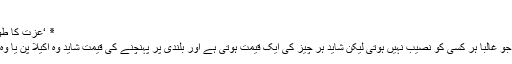
’
٭ ‘عزت کا طوق صرف عورتوں کے گلے میں کیوں’
آج دپیکا کامیابیوں کی اس بلندی پر ہیں جو غالباً ہر کسی کو نصیب نہیں ہوتی لیکن شاید ہر چیز کی ایک قیمت ہوتی ہے اور بلندی پر پہنچنے کی قیمت شاید وہ اکیلا پن یا وہ کمی ہوتی ہے جسکا ذکر دپیکا نے کیا۔